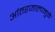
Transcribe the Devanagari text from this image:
आंतरजालामुळे